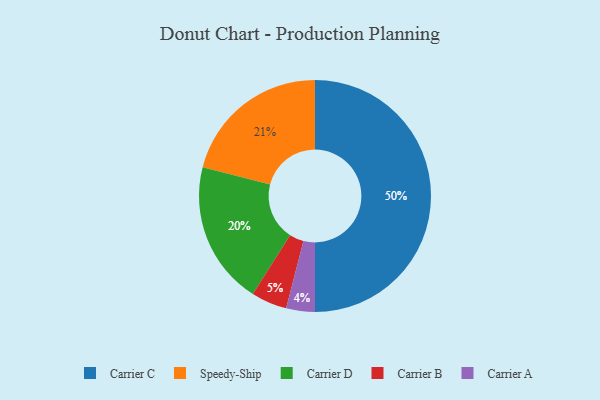
{"axis": {"x": "Category", "y": "Percentage"}, "legend": ["Carrier A", "Carrier B", "Carrier C", "Carrier D", "Speedy-Ship"], "data": [{"x": "Carrier D", "y": 20, "type": "Carrier D"}, {"x": "Speedy-Ship", "y": 21, "type": "Speedy-Ship"}, {"x": "Carrier B", "y": 5, "type": "Carrier B"}, {"x": "Carrier C", "y": 50, "type": "Carrier C"}, {"x": "Carrier A", "y": 4, "type": "Carrier A"}]}